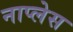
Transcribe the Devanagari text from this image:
नाप्लेस